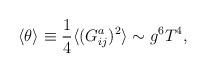
LaTeX: \begin{align*}\langle \theta \rangle \equiv \frac{1}{4}\langle (G^a_{ij})^2 \rangle \sim g^6T^4,\end{align*}